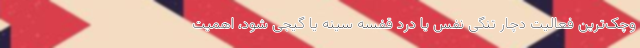
وچک‌ترین فعالیت دچار تنگی نفس یا درد قفسه سینه یا گیجی شود، اهمیت